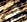
إلي